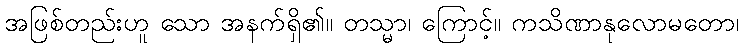
အဖြစ်တည်းဟူ သော အနက်ရှိ၏။ တသ္မာ၊ ကြောင့်။ ကသိဏာနုလောမတော၊